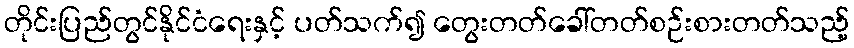
တိုင်းပြည်တွင်နိုင်ငံရေးနှင့် ပတ်သက်၍ တွေးတတ်ခေါ်တတ်စဉ်းစားတတ်သည့်